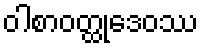
ဝါစာဝတ္ထုဒေဝဿ